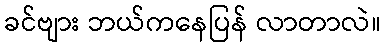
ခင်ဗျား ဘယ်ကနေပြန် လာတာလဲ။